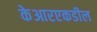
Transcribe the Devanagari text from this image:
केआरएकडील